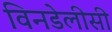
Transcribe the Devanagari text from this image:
विनडेलीसी